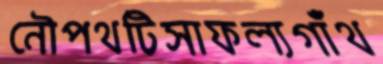
নৌপথটিসাফল্যগাঁথ